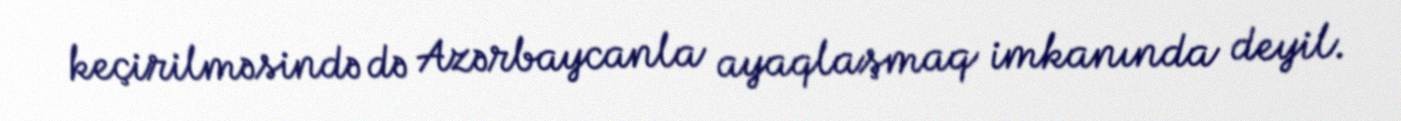
keçirilməsində də Azərbaycanla ayaqlaşmaq imkanında deyil.